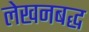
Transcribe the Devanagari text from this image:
लेखनबद्ध